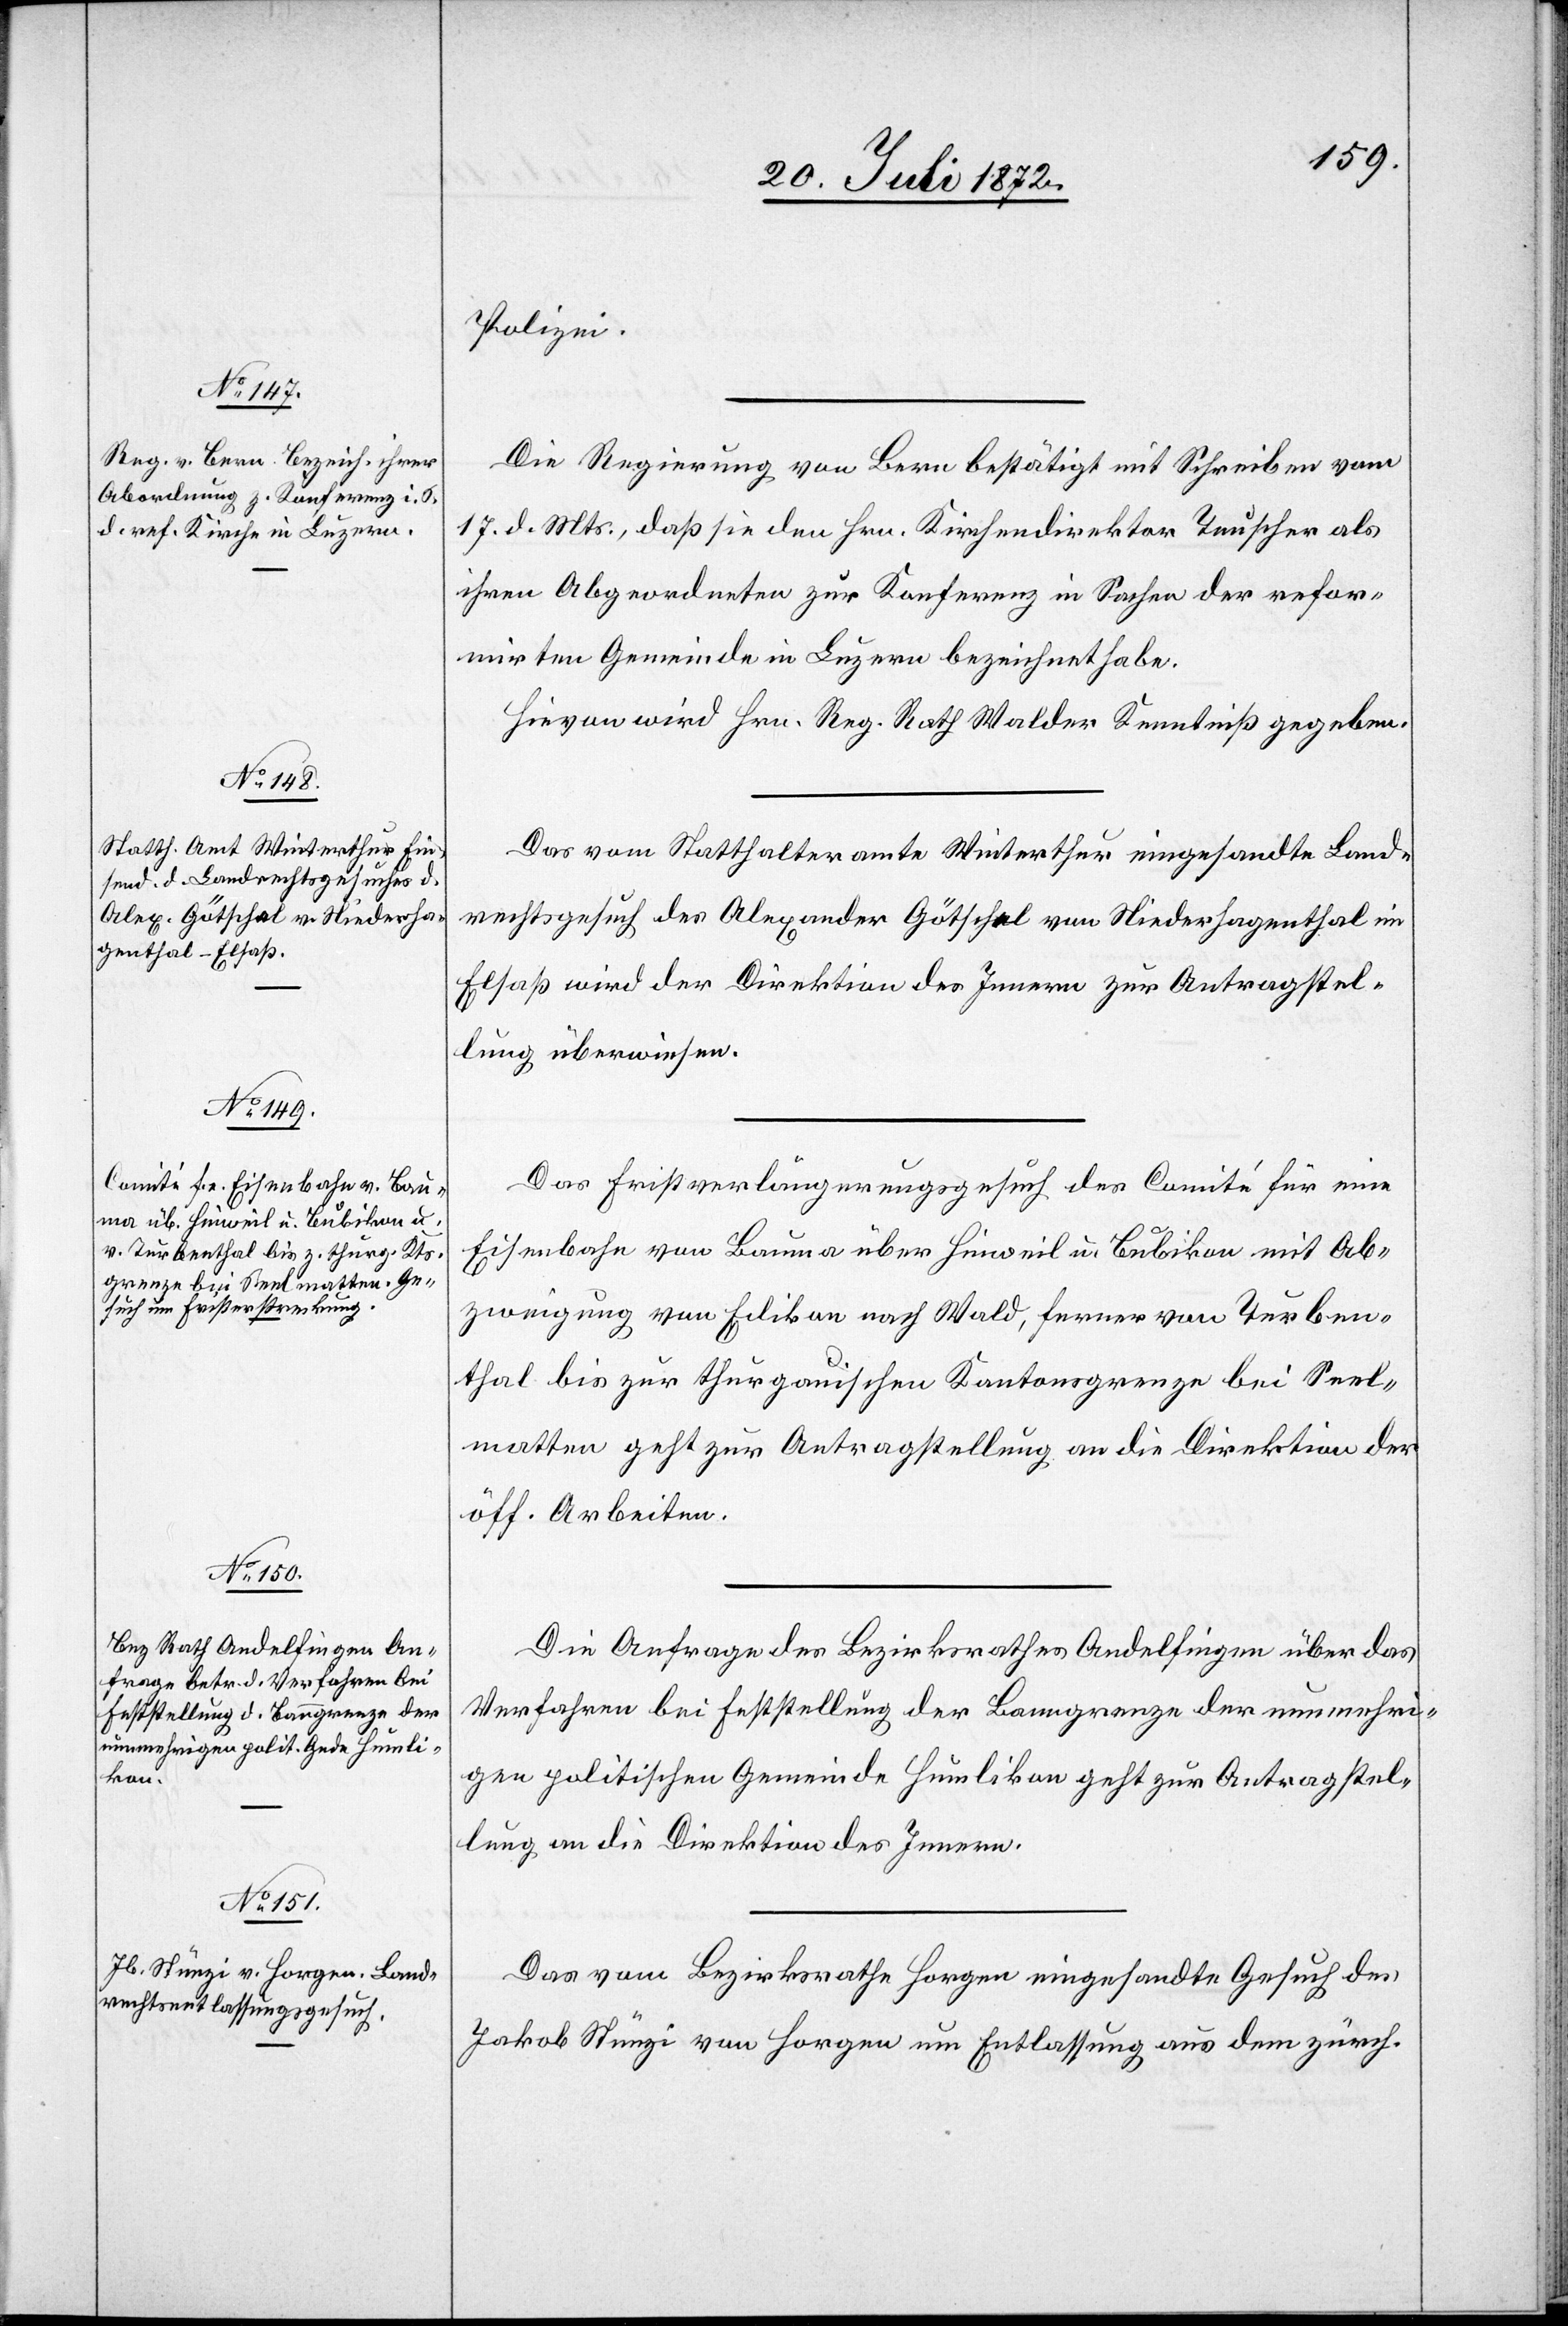
22. Juli 1872.]
Polizei.
Die Regierung von Bern bestätigt mit Schreiben vom
17. d. Mts., daß sie den Hrn. Kirchendirektor Tunscher als
ihren Abgeordneten zur Konferenz in Sachen der refor¬
mirten Gemeinde in Luzern bezeichnet habe.
Hievon wird Hrn. Reg. Rath Walder Kenntniß gegeben.
Das vom Statthalteramte Winterthur eingesandte Land¬
rechtsgesuch des Alexander Götschel von Niederhagenthal im
Elsaß wird der Direktion des Innern zur Antragstel¬
lung überwiesen.
Das Fristverlängerungsgesuch des Comité für eine
Eisenbahn von Bauma über Hinweil u. Bubikon mit Ab¬
zweigung von Edikon nach Wald, ferner von Turben¬
thal bis zur thurgauischen Kantonsgrenze bei Seel¬
matten geht zur Antragstellung an die Direktion der
öff. Arbeiten.
Die Anfrage des Bezirksrathes Andelfingen über das
Verfahren bei Feststellung der Banngrenze der nunmehri¬
gen politischen Gemeinde Humlikon geht zur Antragstel¬
lung an die Direktion des Innern.
Das vom Bezirksrathe Horgen eingesandte Gesuch des
Jakob Stünzi von Horgen um Entlassung aus dem zürch.